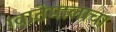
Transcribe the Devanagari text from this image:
ग्वातेमालाचा